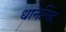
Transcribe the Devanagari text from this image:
धानसिंह